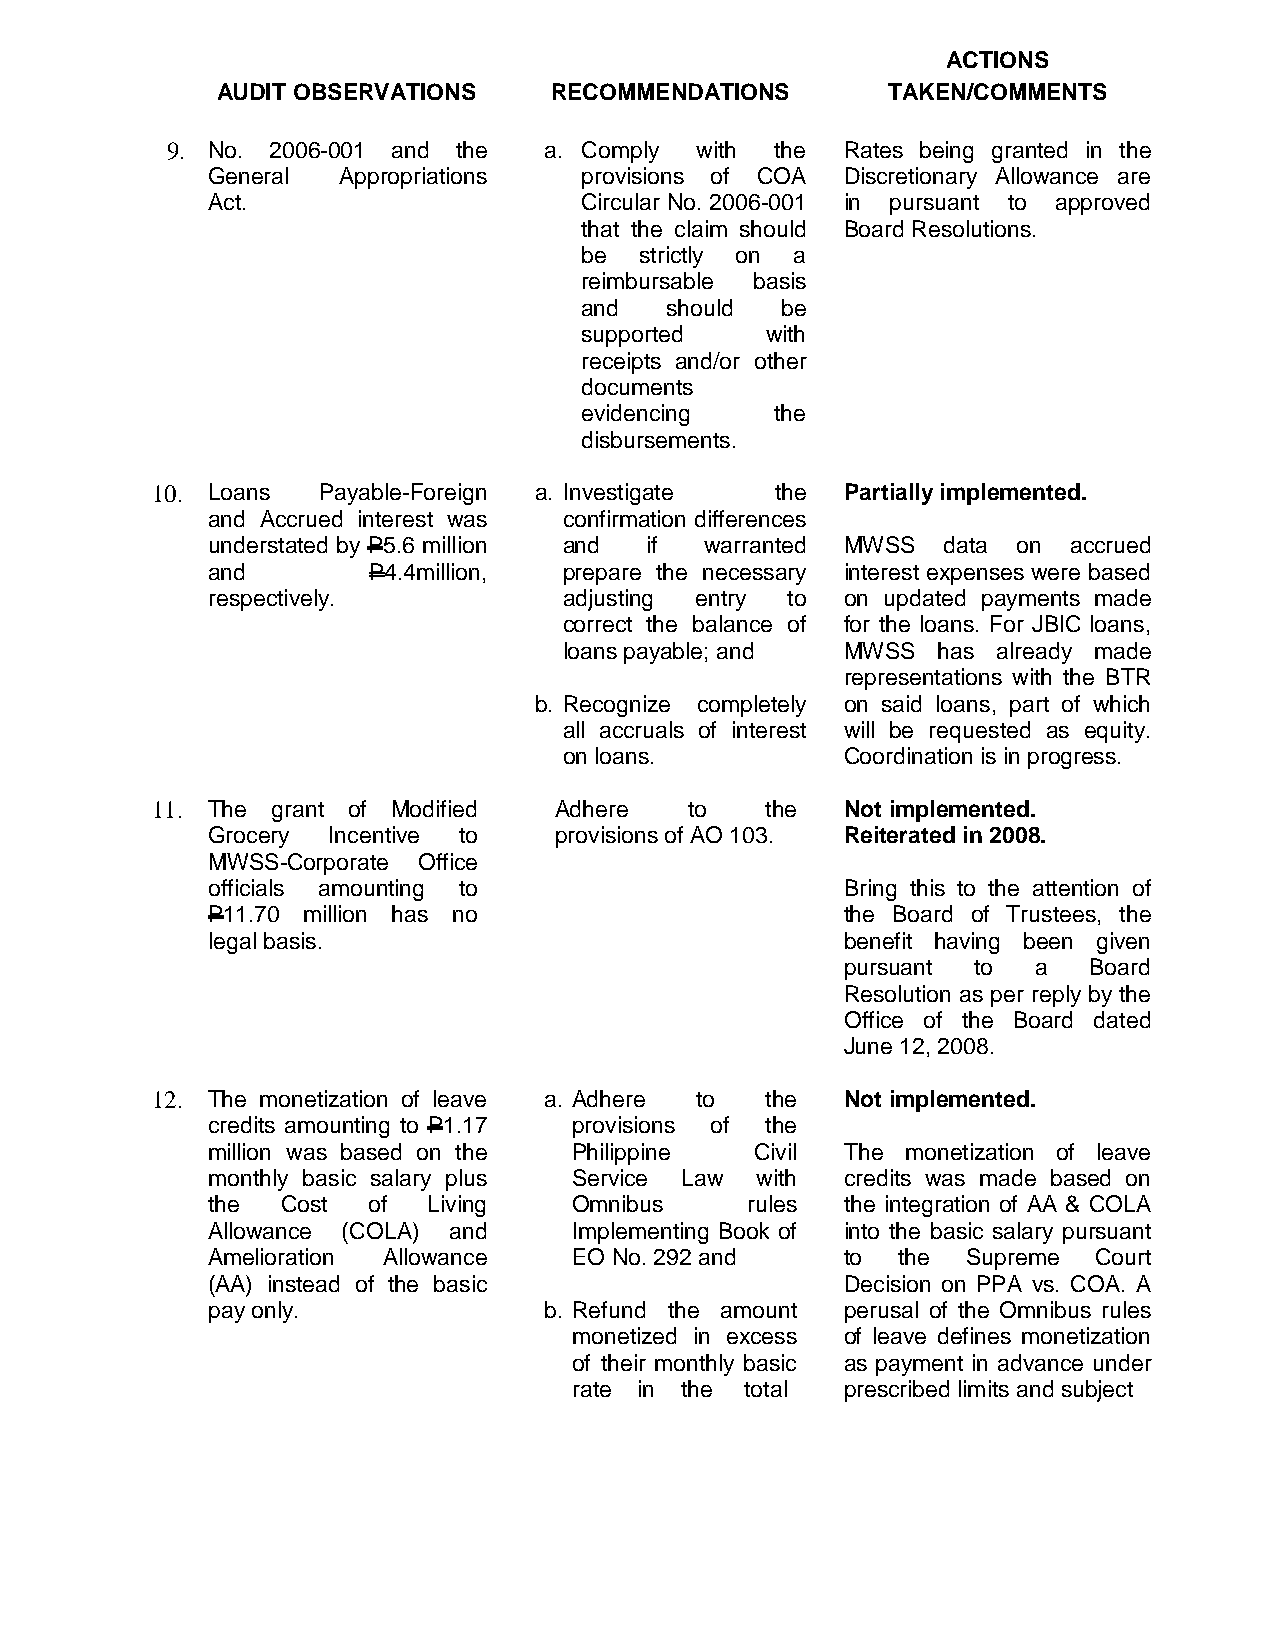
ACTIONS
 AUDIT OBSERVATIONS    RECOMMENDATIONS        TAKEN/COMMENTS
 9. No. 2006-001 and the  a. Comply with the  Rates being granted in the
 General Appropriations  provisions of COA Discretionary Allowance are
 Act.                    Circular No. 2006-001 in pursuant to approved
 that the claim should Board Resolutions.
 be  strictly on a
 reimbursable basis
 and   should  be
 supported    with
 receipts and/or other
 documents
 evidencing   the
 disbursements.
 10. Loans  Payable-Foreign a. Investigate the Partially implemented.
 and Accrued interest was confirmation differences
 understated by P5.6 million and if warranted MWSS data on accrued
 and       P4.4million, prepare the necessary interest expenses were based
 respectively.          adjusting entry to on updated payments made
 correct the balance of for the loans. For JBIC loans,
 loans payable; and MWSS  has already made
 representations with the BTR
 b. Recognize completely on said loans, part of which
 all accruals of interest will be requested as equity.
 on loans.          Coordination is in progress.
 11. The grant of Modified  Adhere   to   the  Not implemented.
 Grocery Incentive to   provisions of AO 103. Reiterated in 2008.
 MWSS-Corporate Office
 officials amounting to                    Bring this to the attention of
 P11.70 million has no                     the Board of Trustees, the
 legal basis.                              benefit having been given
 pursuant to  a  Board
 Resolution as per reply by the
 Office of the Board dated
 June 12, 2008.
 12. The monetization of leave a. Adhere to the Not implemented.
 credits amounting to P1.17 provisions of the
 million was based on the Philippine Civil The monetization of leave
 monthly basic salary plus Service Law with credits was made based on
 the  Cost of  Living    Omnibus    rules  the integration of AA & COLA
 Allowance (COLA) and    Implementing Book of into the basic salary pursuant
 Amelioration Allowance  EO No. 292 and    to  the Supreme  Court
 (AA) instead of the basic                 Decision on PPA vs. COA. A
 pay only.             b. Refund the amount perusal of the Omnibus rules
 monetized in excess of leave defines monetization
 of their monthly basic as payment in advance under
 rate in the total prescribed limits and subject